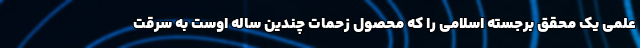
علمی یک محقق برجسته اسلامی را که محصول زحمات چندین ساله اوست به سرقت